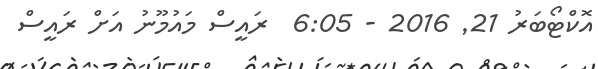
އޮކްޓޯބަރު 21